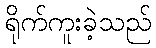
ရိုက်ကူးခဲ့သည်